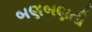
બણબણતી